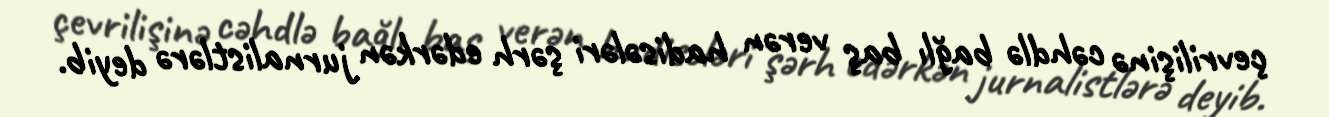
çevrilişinə cəhdlə bağlı baş verən hadisələri şərh edərkən jurnalistlərə deyib.